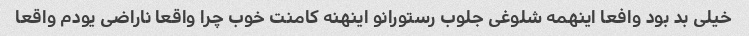
خیلی بد بود وافعا اینهمه شلوغی جلوب رستورانو اینهنه کامنت خوب چرا واقعا ناراضی یودم واقعا